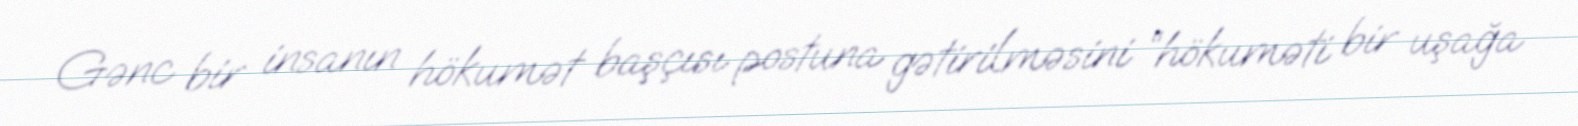
Gənc bir insanın hökumət başçısı postuna gətirilməsini “hökuməti bir uşağa